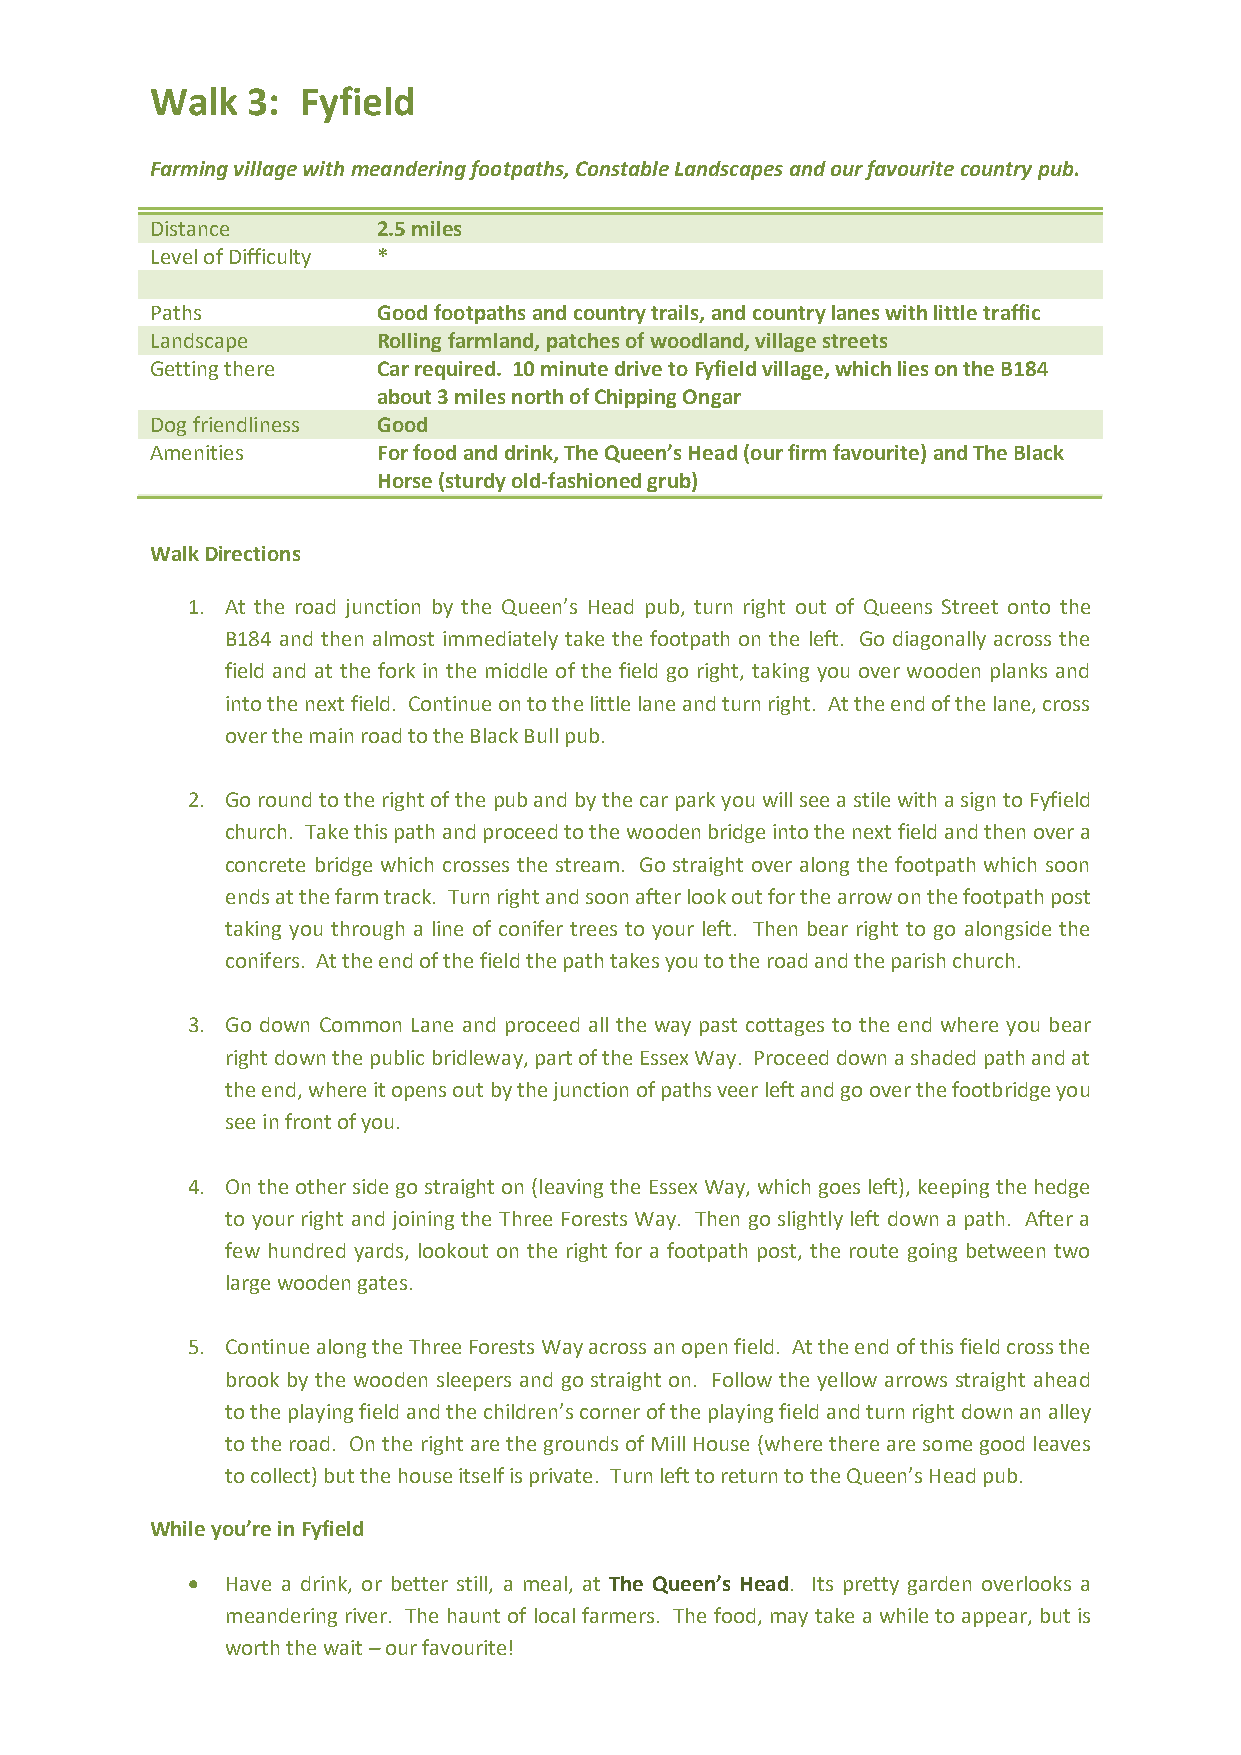
Walk  3:  Fyfield
 Farming village with meandering footpaths, Constable Landscapes and our favourite country pub.
 Distance       2.5 miles
 Level of Difficulty *
 Paths          Good footpaths and country trails, and country lanes with little traffic
 Landscape      Rolling farmland, patches of woodland, village streets
 Getting there  Car required. 10 minute drive to Fyfield village, which lies on the B184
 about 3 miles north of Chipping Ongar
 Dog friendliness Good
 Amenities      For food and drink, The Queen’s Head (our firm favourite) and The Black
 Horse (sturdy old-fashioned grub)
 Walk Directions
 1. At the road junction by the Queen’s Head pub, turn right out of Queens Street onto the
 B184 and then almost immediately take the footpath on the left. Go diagonally across the
 field and at the fork in the middle of the field go right, taking you over wooden planks and
 into the next field. Continue on to the little lane and turn right. At the end of the lane, cross
 over the main road to the Black Bull pub.
 2. Go round to the right of the pub and by the car park you will see a stile with a sign to Fyfield
 church. Take this path and proceed to the wooden bridge into the next field and then over a
 concrete bridge which crosses the stream. Go straight over along the footpath which soon
 ends at the farm track. Turn right and soon after look out for the arrow on the footpath post
 taking you through a line of conifer trees to your left. Then bear right to go alongside the
 conifers. At the end of the field the path takes you to the road and the parish church.
 3. Go down Common Lane and proceed all the way past cottages to the end where you bear
 right down the public bridleway, part of the Essex Way. Proceed down a shaded path and at
 the end, where it opens out by the junction of paths veer left and go over the footbridge you
 see in front of you.
 4. On the other side go straight on (leaving the Essex Way, which goes left), keeping the hedge
 to your right and joining the Three Forests Way. Then go slightly left down a path. After a
 few hundred yards, lookout on the right for a footpath post, the route going between two
 large wooden gates.
 5. Continue along the Three Forests Way across an open field. At the end of this field cross the
 brook by the wooden sleepers and go straight on. Follow the yellow arrows straight ahead
 to the playing field and the children’s corner of the playing field and turn right down an alley
 to the road. On the right are the grounds of Mill House (where there are some good leaves
 to collect) but the house itself is private. Turn left to return to the Queen’s Head pub.
 While you’re in Fyfield
 •  Have a drink, or better still, a meal, at The Queen’s Head. Its pretty garden overlooks a
 meandering river. The haunt of local farmers. The food, may take a while to appear, but is
 worth the wait – our favourite!